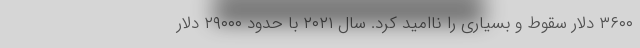
۳۶۰۰ دلار سقوط و بسیاری را ناامید کرد. سال ۲۰۲۱ با حدود ۲۹۰۰۰ دلار